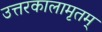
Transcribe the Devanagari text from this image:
उत्तरकालामृतम्